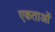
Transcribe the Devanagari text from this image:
एकताओं